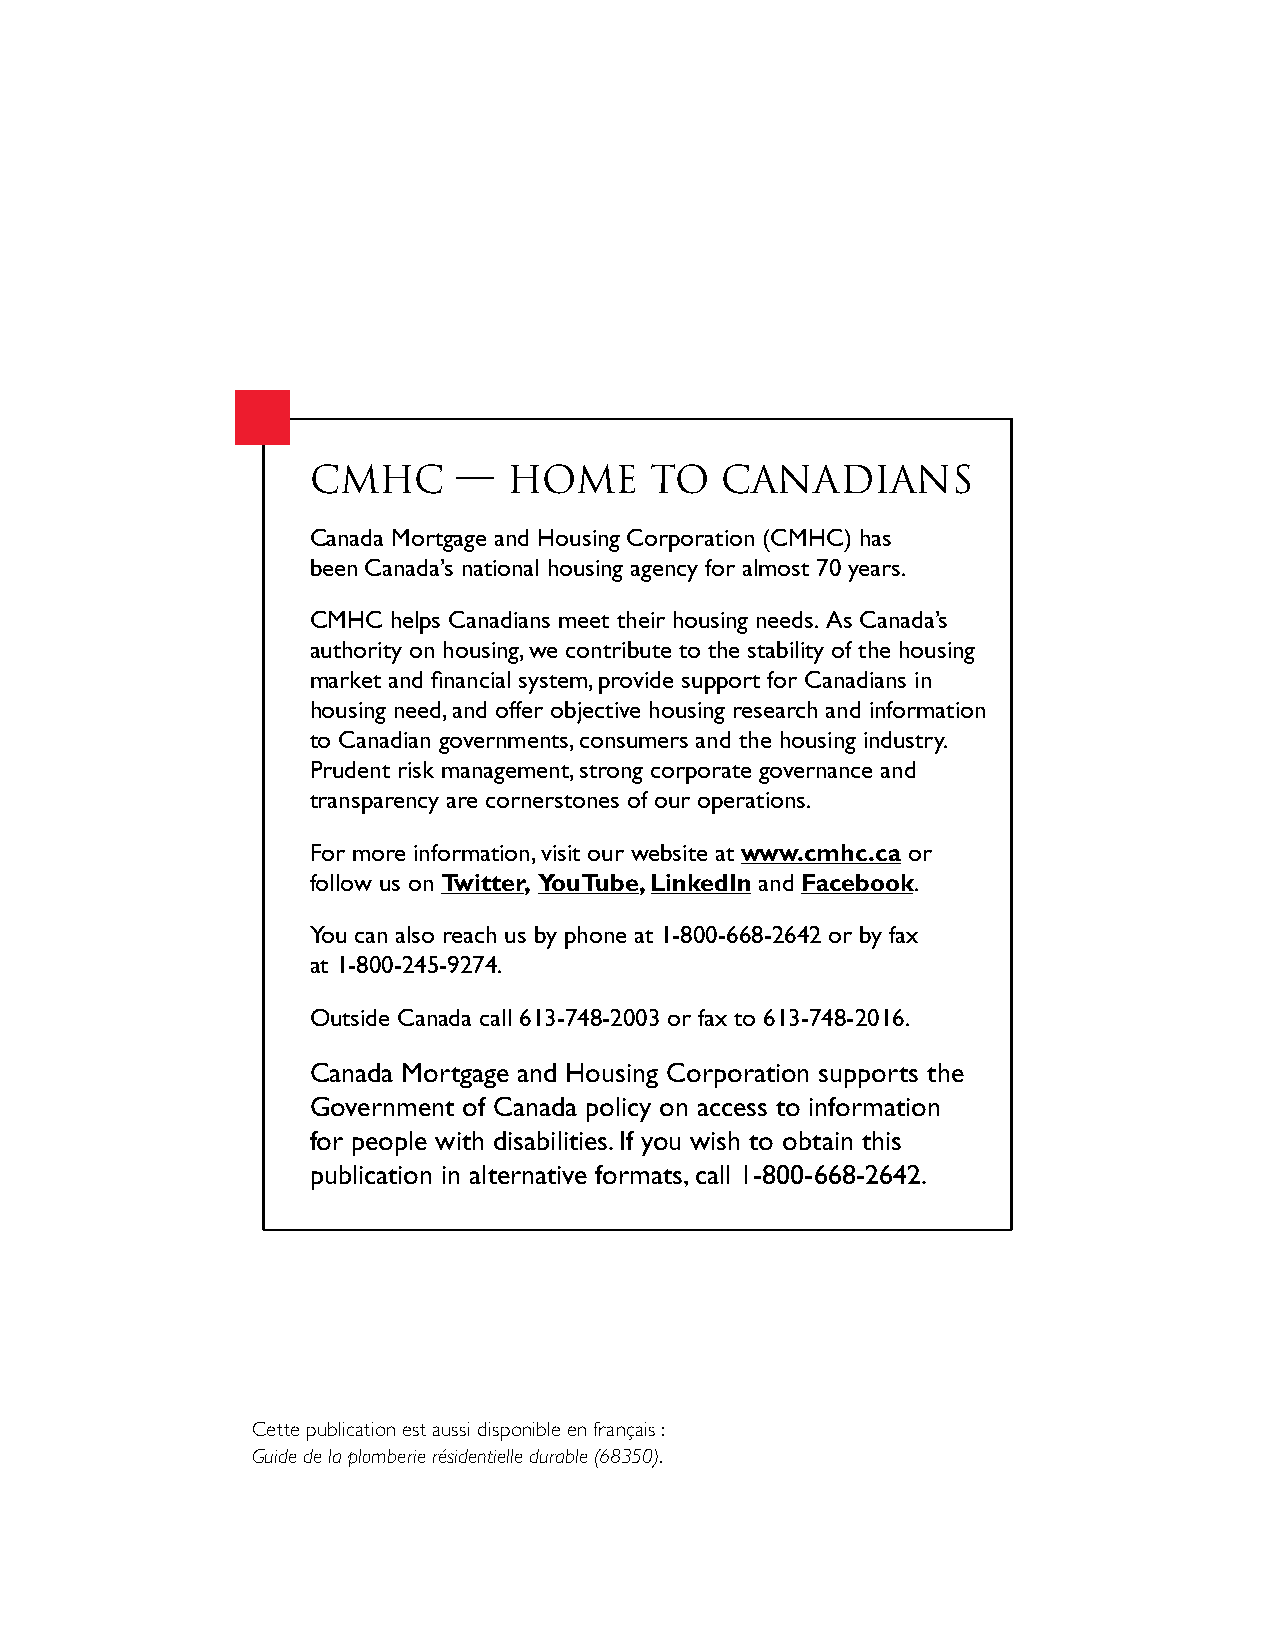
CMHC      —   HOME     TO   CANADIANS
 Canada Mortgage and Housing Corporation (CMHC) has
 been Canada’s national housing agency for almost 70 years.
 CMHC  helps Canadians meet their housing needs. As Canada’s
 authority on housing, we contribute to the stability of the housing
 market and financial system, provide support for Canadians in
 housing need, and offer objective housing research and information
 to Canadian governments, consumers and the housing industry.
 Prudent risk management, strong corporate governance and
 transparency are cornerstones of our operations.
 For more information, visit our website at www.cmhc.ca or
 follow us on Twitter, YouTube, LinkedIn and Facebook.
 You can also reach us by phone at 1-800-668-2642 or by fax
 at 1-800-245-9274.
 Outside Canada call 613-748-2003 or fax to 613-748-2016.
 Canada Mortgage and Housing Corporation supports the
 Government of Canada policy on access to information
 for people with disabilities. If you wish to obtain this
 publication in alternative formats, call 1-800-668-2642.
 Cette publication est aussi disponible en français :
 Guide de la plomberie résidentielle durable (68350).